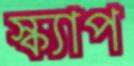
স্ক্যাপ